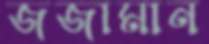
জজামান